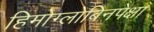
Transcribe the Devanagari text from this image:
हिमोग्लोबिनपेक्षा